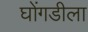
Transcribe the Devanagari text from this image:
घोंगडीला